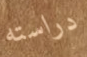
دراسته